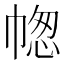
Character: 𢃭